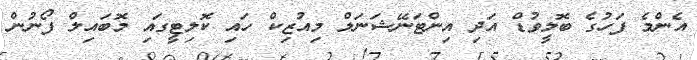
އެންމެ ފަހުގެ ބޮލީވުޑް އަދި އިންޓަނޭޝަނަލް މިއުޒިކް ހައި ކޮލިޓީގައި މޮބައިލް ފޯނުން